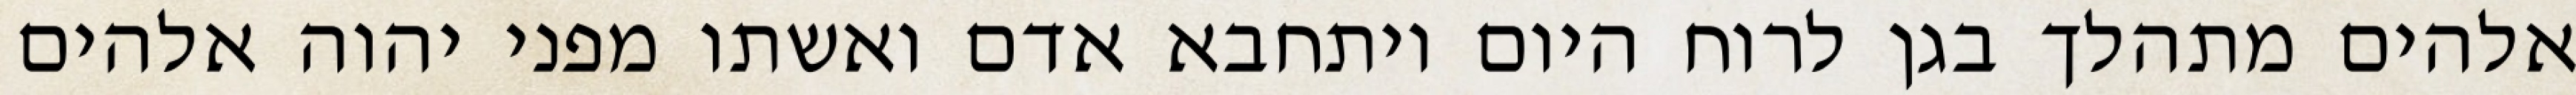
אלהים מתהלך בגן לרוח היום ויתחבא אדם ואשתו מפני יהוה אלהים